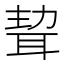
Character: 𦕴